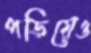
পড়িয়েও